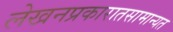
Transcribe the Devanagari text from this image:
लेखनप्रकारातसामान्यत